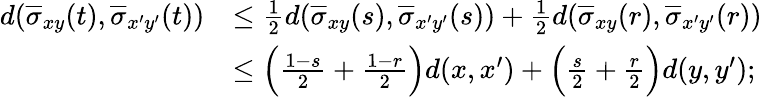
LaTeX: \begin{array}{rl}{d(\overline{{\sigma}}_{xy}(t),\overline{{\sigma}}_{x^{\prime}y^{\prime}}(t))}&{\leq\frac{1}{2}d(\overline{{\sigma}}_{xy}(s),\overline{{\sigma}}_{x^{\prime}y^{\prime}}(s))+\frac{1}{2}d(\overline{{\sigma}}_{xy}(r),\overline{{\sigma}}_{x^{\prime}y^{\prime}}(r))}\\ &{\leq\Big(\frac{1-s}{2}+\frac{1-r}{2}\Big)d(x,x^{\prime})+\Big(\frac{s}{2}+\frac{r}{2}\Big)d(y,y^{\prime});}\end{array}